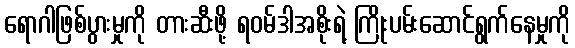
ရောဂါဖြစ်ပွားမှုကို တားဆီးဖို့ ရဝမ်ဒါအစိုးရဲ့ ကြိုးပမ်းဆောင်ရွက်နေမှုကို